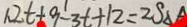
1 . 2 t + 9 - 3 t + 1 2 = 2 S \Delta A